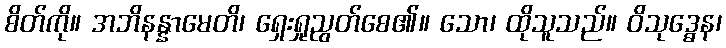
စိတ်ကို။ အဘိနန္နာမေတိ၊ ရှေးရှုညွတ်စေ၏။ သော၊ ထိုသူသည်။ ဝိသုဒ္ဓေန၊